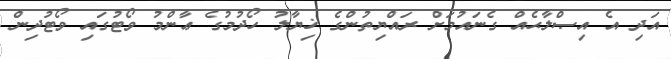
އަދި އެ އިޞްލާޙެއް ގެނައުމަށް ރައްޔިތުންގެ ޚިޔާލު ހޯދުމުގެ ޢާންމު ވޯޓުގައި ވޯޓުދިން